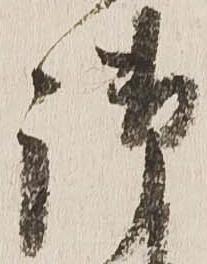
御